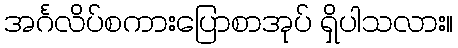
အင်္ဂလိပ်စကားပြောစာအုပ် ရှိပါသလား။